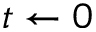
t \gets 0